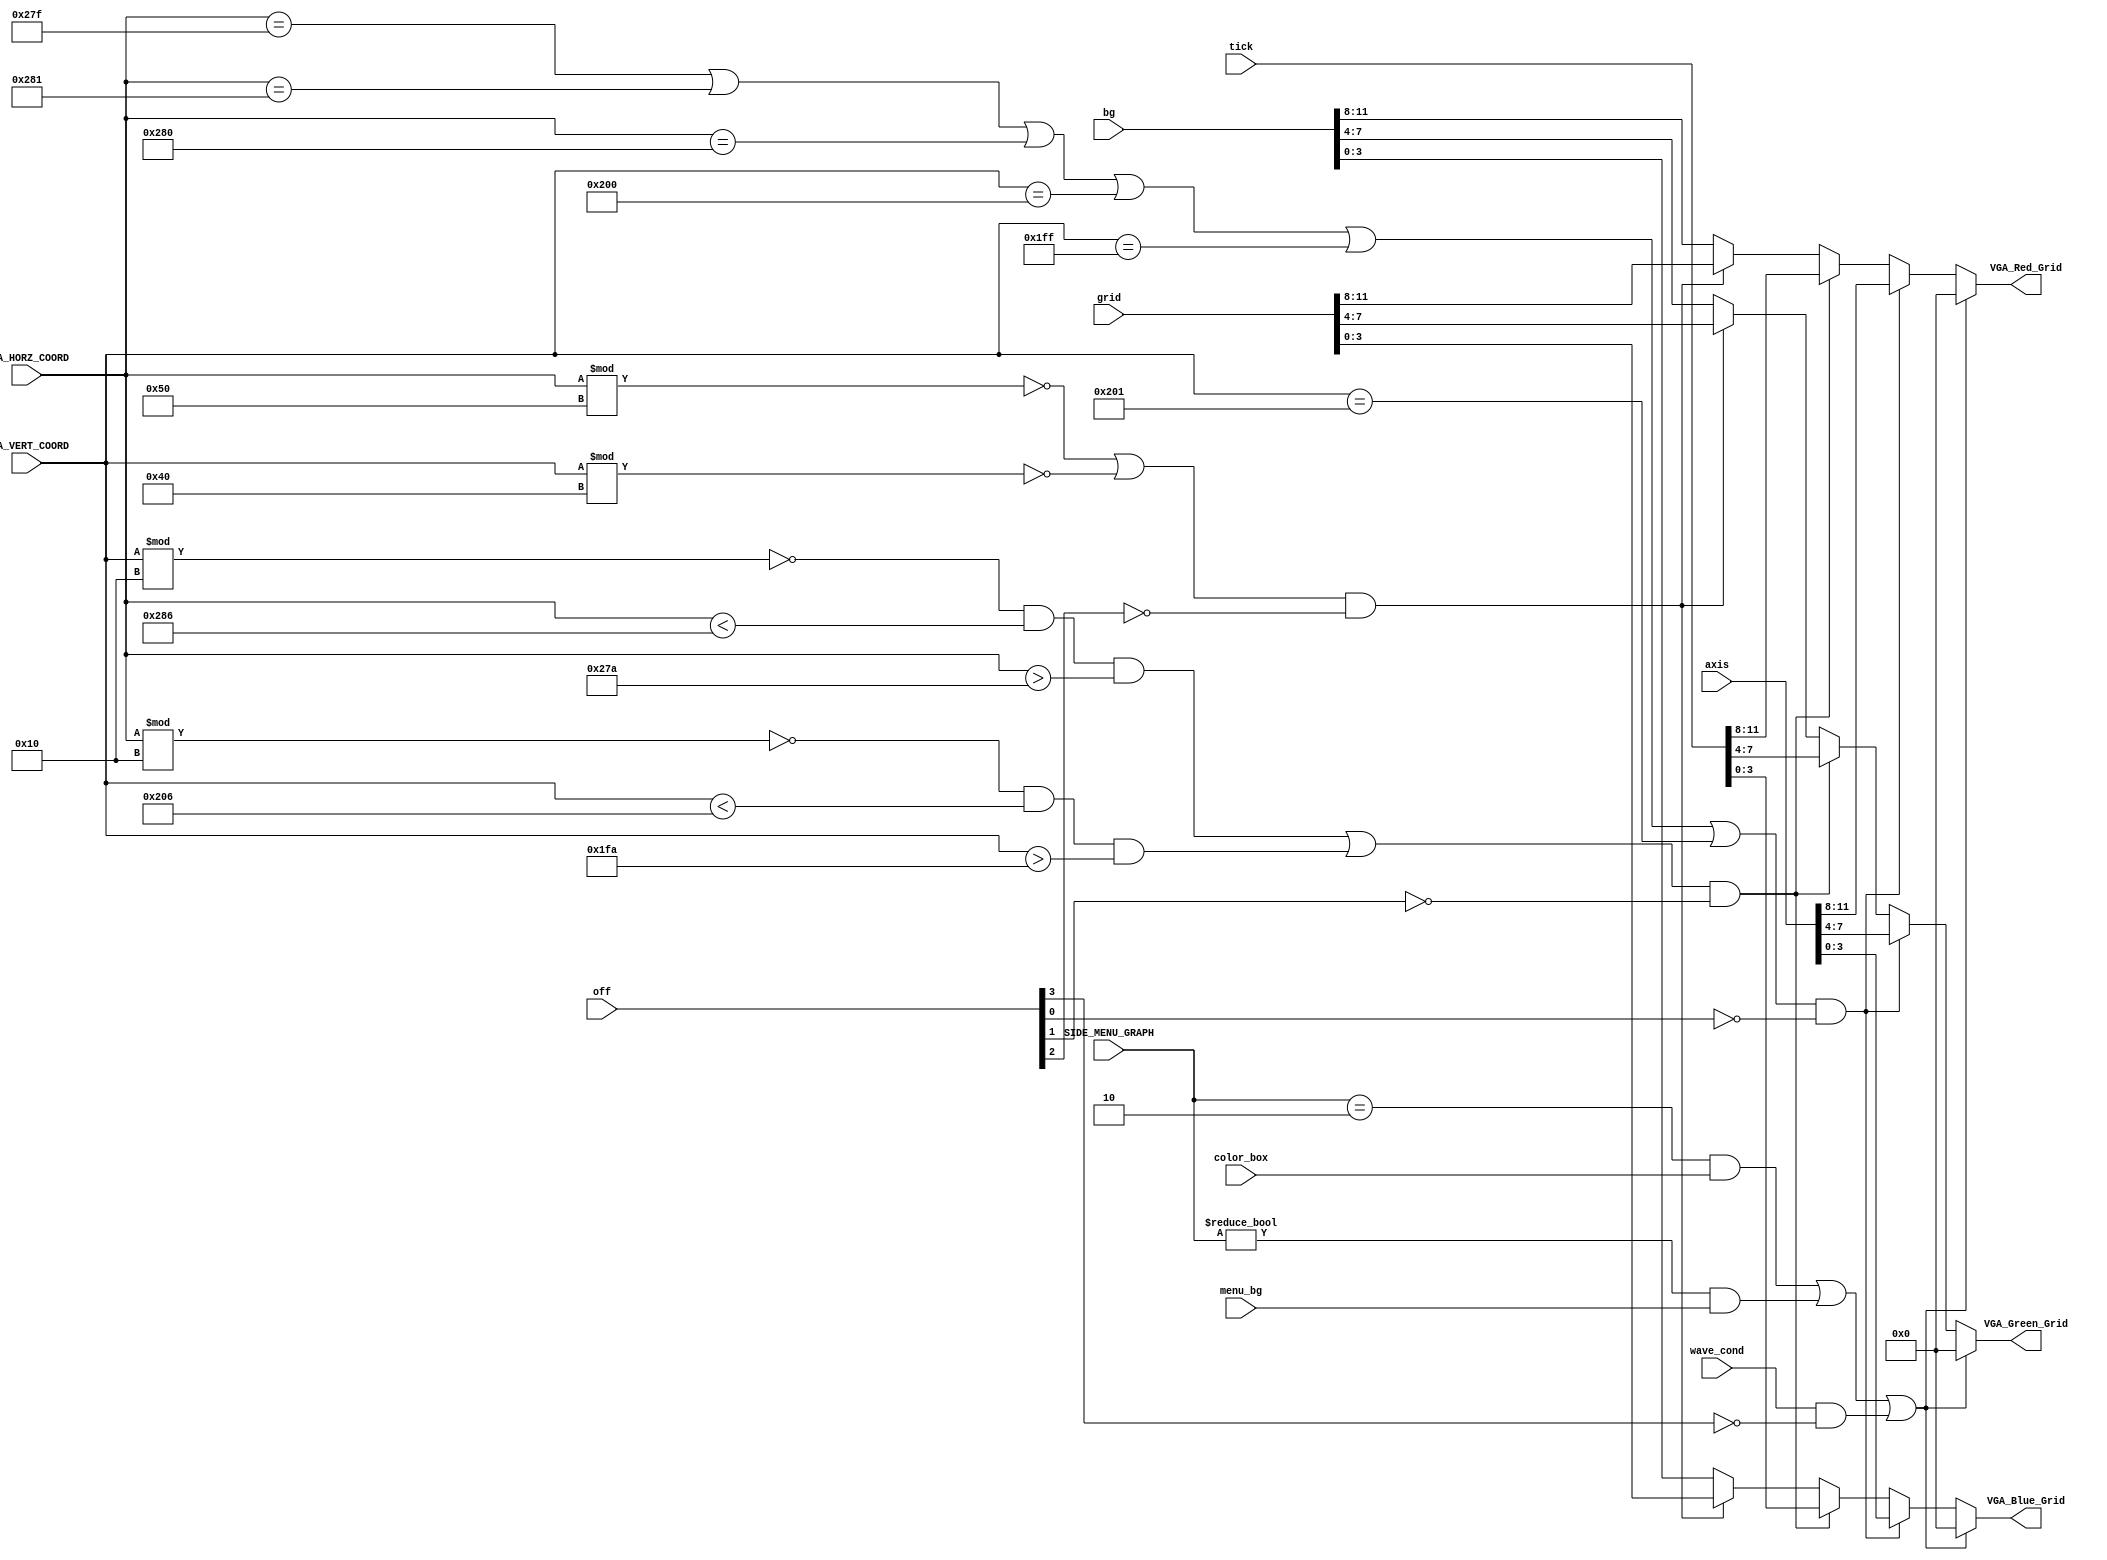
`timescale 1ns / 1ps
//////////////////////////////////////////////////////////////////////////////////
//-------------------------------------------------------------------------  
//                  DRAWING GRID LINES AND TICKS ON SCREEN
// Description:
// Grid lines are drawn at pixel # 320 along the x-axis, and
// pixel #768 along the y-axis

// Note the VGA controller is configured to produce a 1024 x 1280 pixel resolution
//-------------------------------------------------------------------------

//-------------------------------------------------------------------------
// TOOD:    Draw grid lines at every 80-th pixel along the horizontal axis, and every 64th pixel
//          along the vertical axis. This gives us a 16x16 grid on screen. 
//          
//          Further draw ticks on the central x and y grid lines spaced 16 and 8 pixels apart in the 
//          horizontal and vertical directions respectively. This gives us 5 sub-divisions per division 
//          in the horizontal and 8 sub-divisions per divsion in the vertical direction   
//-------------------------------------------------------------------------  
  
//////////////////////////////////////////////////////////////////////////////////


module Draw_Background(
    input [3:0] off,
    input [1:0]SIDE_MENU_GRAPH,
    input menu_bg,color_box,
    input wave_cond,
    input [0:11] axis,
    input [0:11] bg,
    input [0:11] grid,
    input [0:11] tick,
    input [11:0] VGA_HORZ_COORD,
    input [11:0] VGA_VERT_COORD,
    output [3:0] VGA_Red_Grid,
    output [3:0] VGA_Green_Grid,
    output [3:0] VGA_Blue_Grid
    );
    wire Condition_For_Axis = (VGA_HORZ_COORD == 639) ||(VGA_HORZ_COORD == 641) || (VGA_HORZ_COORD == 640) || (VGA_VERT_COORD == 512) || (VGA_VERT_COORD == 511) || (VGA_VERT_COORD == 513);
// The code below draws two grid lines. Modify the codes to draw more grid lines.
    wire Condition_For_Grid = (VGA_HORZ_COORD % 80 == 0) ||(VGA_VERT_COORD % 64 == 0) ;
// Using the gridline example, insert your code below to draw ticks on the x-axis and y-axis.
    wire Condition_For_Ticks = ((VGA_VERT_COORD % 16 == 0) && (VGA_HORZ_COORD < 646) && (VGA_HORZ_COORD > 634)) || (((VGA_HORZ_COORD % 16 == 0) && (VGA_VERT_COORD < 518) && (VGA_VERT_COORD > 506)));
   // Please modify below codes to change the background color and to display ticks defined above
    assign VGA_Red_Grid = (SIDE_MENU_GRAPH == 2 && color_box)|| (SIDE_MENU_GRAPH != 0 && menu_bg) || (wave_cond && ~off[3]) ? 0 :Condition_For_Axis && ~off[0] ? axis[0:3] : Condition_For_Ticks && ~off[1] ? tick[0:3] : (Condition_For_Grid && ~off[2]) ? grid[0:3] :bg[0:3];
    assign VGA_Green_Grid = (SIDE_MENU_GRAPH == 2 && color_box)|| (SIDE_MENU_GRAPH != 0 && menu_bg) || (wave_cond && ~off[3]) ? 0 :Condition_For_Axis && ~off[0] ? axis[4:7] : Condition_For_Ticks && ~off[1] ? tick[4:7] : (Condition_For_Grid && ~off[2])? grid[4:7] :bg[4:7];
    assign VGA_Blue_Grid = (SIDE_MENU_GRAPH == 2 && color_box)|| (SIDE_MENU_GRAPH != 0 && menu_bg) || (wave_cond && ~off[3]) ? 0 :Condition_For_Axis && ~off[0] ? axis[8:11] : Condition_For_Ticks && ~off[1] ? tick[8:11] : (Condition_For_Grid && ~off[2])? grid[8:11] :bg[8:11];

endmodule